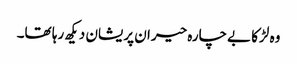
وہ لڑکا بےچارہ حیران پریشان دیکھ رہا تھا۔